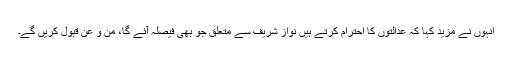
انہوں نے مزید کہا کہ عدالتوں کا احترام کرتے ہیں نواز شریف سے متعلق جو بھی فیصلہ آئے گا، من و عن قبول کریں گے۔